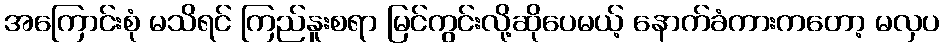
အကြောင်းစုံ မသိရင် ကြည်နူးစရာ မြင်ကွင်းလို့ဆိုပေမယ့် နောက်ခံကားကတော့ မလှပ